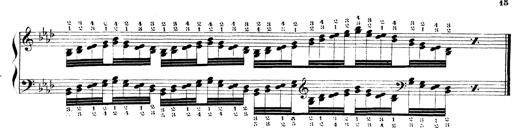
Title: Technische Studien
Composer: Franz Liszt